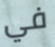
في